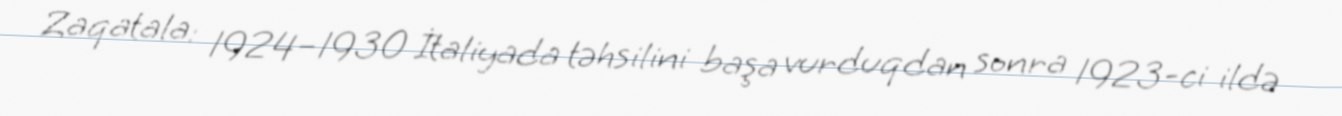
Zaqatala: 1924–1930 İtaliyada təhsilini başa vurduqdan sonra 1923-ci ildə